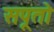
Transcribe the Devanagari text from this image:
सपूतो